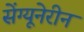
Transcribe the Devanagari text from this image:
सेंग्यूनेरीन